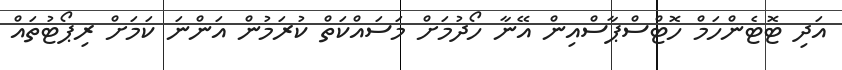
އަދި ޓޮޓެންހަމް ހޮޓްސްޕާސްއިން އޭނާ ހޯދުމަށް މަސައްކަތް ކުރަމުން އަންނަ ކަމަށް ރިޕޯޓުތައް